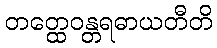
တတ္ထေဝန္တရဓာယတီတိ